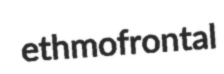
ethmofrontal